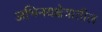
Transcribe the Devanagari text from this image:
अभिनयक्षेत्रातील